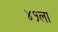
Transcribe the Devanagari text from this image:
४१ला